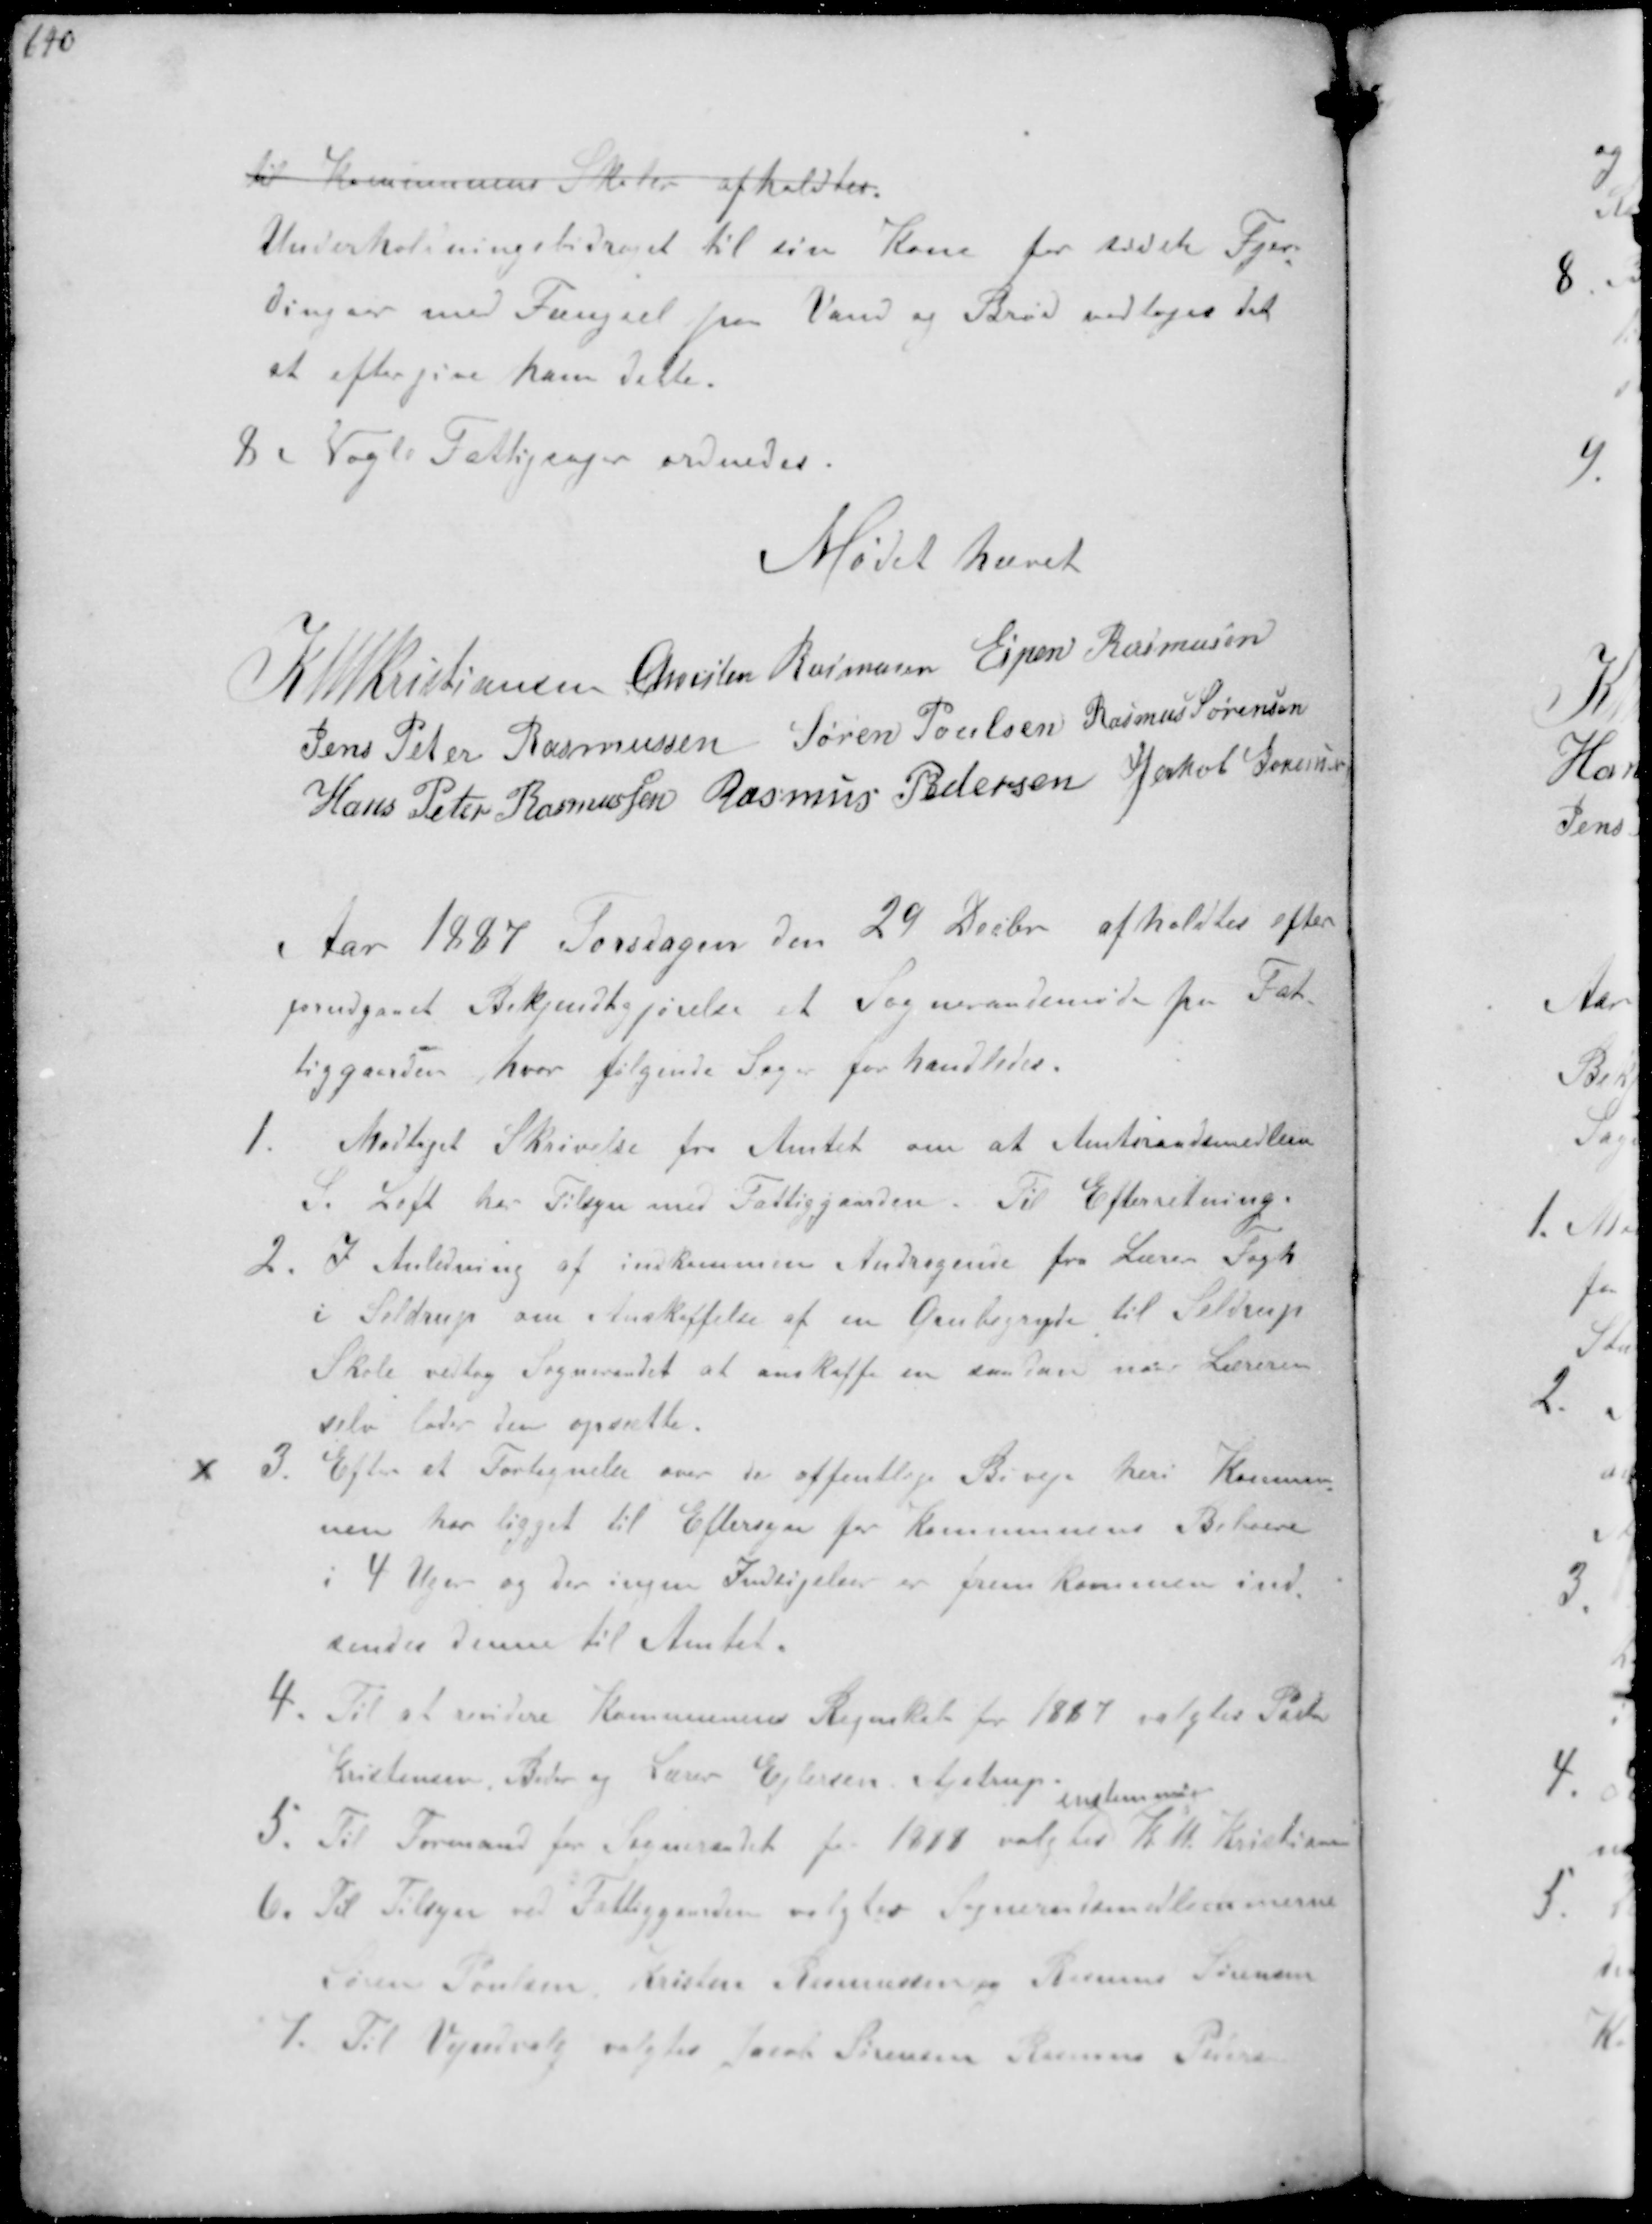
Transskription:
til Kommunens Skoler afholdtes
Underholdningsbidraget til sin Kone for sidste Fjer-
dingsaar med Fængsel paa Vand og Brød vedtoges det
at eftergive ham dette.
Nogle Fattigsager ordnedes.

Mødet hævet

K N M Christiansen Christen Rasmussen Espen Rasmussen
Jens Peter Rasmussen Søren Poulsen Rasmus Sørensen
Hans Peter Rasmussen Rasmus Pedersen Jakob Sørensen

Aar 1887 Torsdagen den 29 Decbr afholdtes efter
forudgaaet Bekjendtgjørelse et Sogneraadsmøde paa Fat-
tiggaarden hvor følgende Sager forhandledes.
1. Modtaget Skrivelse fra Amtet om at Amtsraadsmedlem
S Loft har Tilsyn med Fattiggaarden. Til Efterretning.
2. I Anledning af indkommen Andragerne fra Lærer Fogh
i Seldrup om Anskaffelse af en Grubegryde til Seldrup
Skole vedtog Sogneraadet at anskaffe en saadan naar Læreren
selv lader den opsætte.
3 Efter at Fortegnelse over de offentlige Biveje heri Kommu-
nen har ligget til Eftersyn for Kommunens Beboere
i 4 Uger og der ingen Indsigelse er fremkommen ind-
sendes denne til Amtet.
4. Til at revidere Kommunens Regnskab for 1887 valgtes Pastor
Kristensen, Beder og Lærer Ejlersen, Ajstrup
5. Til Formand for Sogneraadet for 1888 valgtes K M Kristiansen
6. Til Tilsyn ved Fattiggaarden valgtes Sogneraadsmedlemmerne
Søren Poulsen, Kristen Rasmussen Rasmus Sørensen
7. Til Vejudvalg valgtes Jakob Sørensen Rasmus Pedersen